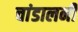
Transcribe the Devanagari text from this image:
चांडालनी